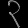
Digit: ၃